Note on the mental hospitals in Burma - 1925-1940
Year: 1925
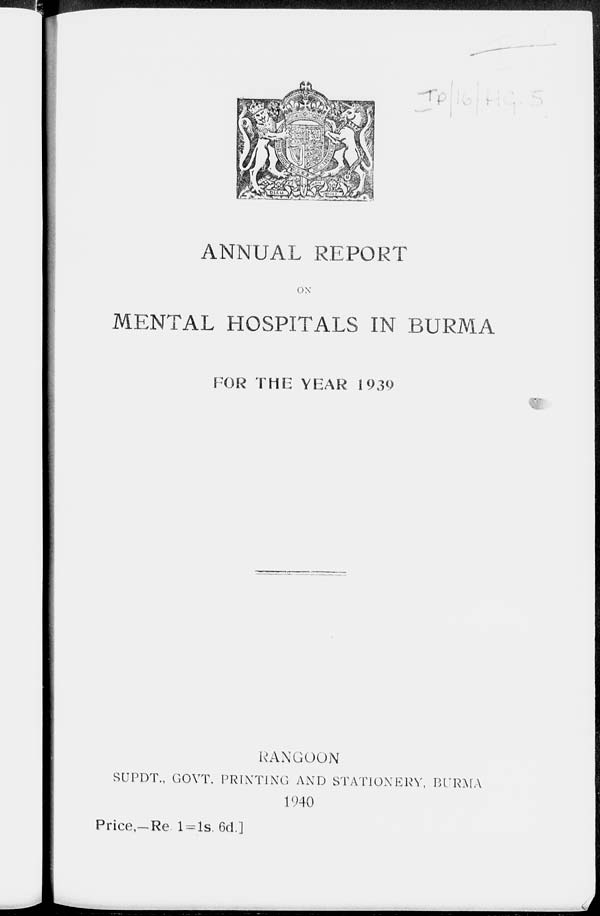
ANNUAL REPORT
ON
MENTAL HOSPITALS IN BURMA
FOR THE YEAR 1939
RANGOON
SUPDT., GOVT. PRINTING AND STATIONERY, BURMA
1940
Price,—Re. 1=1s. 6d.]